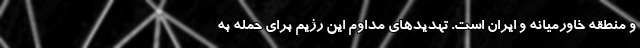
و منطقه خاورمیانه و ایران است. تهدیدهای مداوم این رژیم برای حمله به